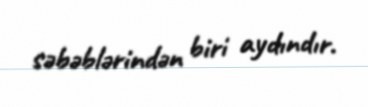
səbəblərindən biri aydındır.